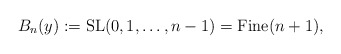
\begin{gather*}B_n(y):= {\rm SL}(0,1,\ldots,n-1)={\rm Fine}(n+1),\end{gather*}